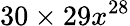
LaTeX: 30\times 29x^{28}